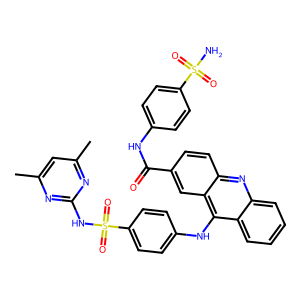
SMILES: Cc1cc(C)nc(NS(=O)(=O)c2ccc(Nc3c4ccccc4nc4ccc(C(=O)Nc5ccc(S(N)(=O)=O)cc5)cc34)cc2)n1
Inhibits HIV replication: No